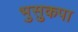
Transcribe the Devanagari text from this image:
भुसुकपा